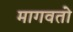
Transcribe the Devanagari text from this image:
मागवतो